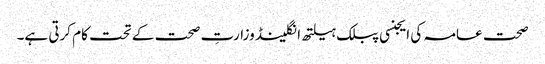
صحت عامہ کی ایجنسی پبلک ہیلتھ انگلینڈ وزارتِ صحت کے تحت کام کرتی ہے۔